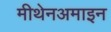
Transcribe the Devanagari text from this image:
मीथेनअमाइन